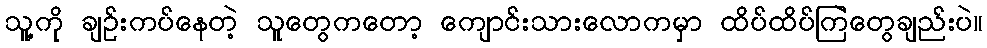
သူ့ကို ချဉ်းကပ်နေတဲ့ သူတွေကတော့ ကျောင်းသားလောကမှာ ထိပ်ထိပ်ကြဲတွေချည်းပဲ။